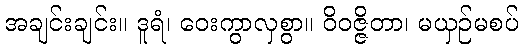
အချင်းချင်း။ ဒူရံ၊ ဝေးကွာလှစွာ။ ဝိဝဇ္ဇိတာ၊ မယှဉ်မစပ်